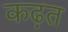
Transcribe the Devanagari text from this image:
कढ़त